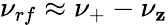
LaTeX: \nu_{rf}\approx\nu_{+}-\nu_{\mathbf{z}}